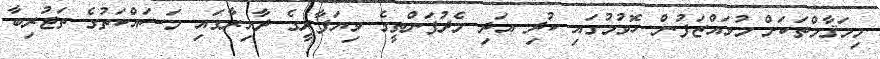
މިމަޤާމްތަކަށް މުވައްޒަފުން ހޮވުމުގައި ކުދި އަދި މެދުފަންތީގެ ވިޔަފާރީގެ ދާއިރާގައި މަސައްކަތުގެ ތަޖުރިބާ